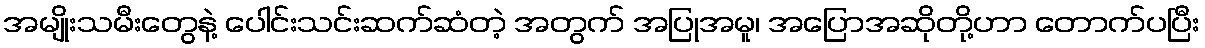
အမျိုးသမီးတွေနဲ့ ပေါင်းသင်းဆက်ဆံတဲ့ အတွက် အပြုအမူ၊ အပြောအဆိုတို့ဟာ တောက်ပပြီး